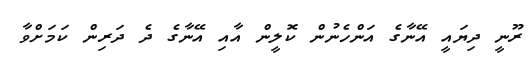
ރޫނީ ދިޔައީ އޭނާގެ އަންހެނުން ކޮލީން އާއި އޭނާގެ ދެ ދަރިން ކަމަށްވާ